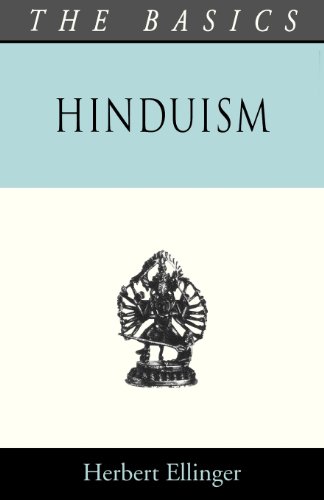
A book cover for Hinduism - The Basics (Basics Series); Herbert Elliger; Religion & Spirituality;